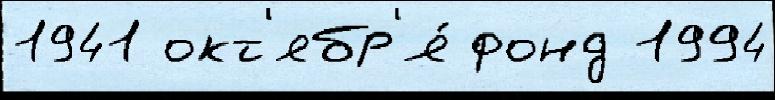
1941 окт'ябр'я́ фонд 1994